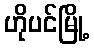
ဟိုပင်မြို့